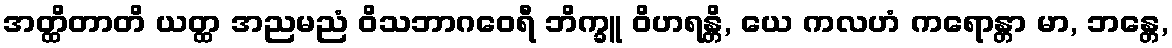
အတ္ထိတာတိ ယတ္ထ အညမညံ ဝိသဘာဂဝေရီ ဘိက္ခူ ဝိဟရန္တိ, ယေ ကလဟံ ကရောန္တာ မာ, ဘန္တေ,